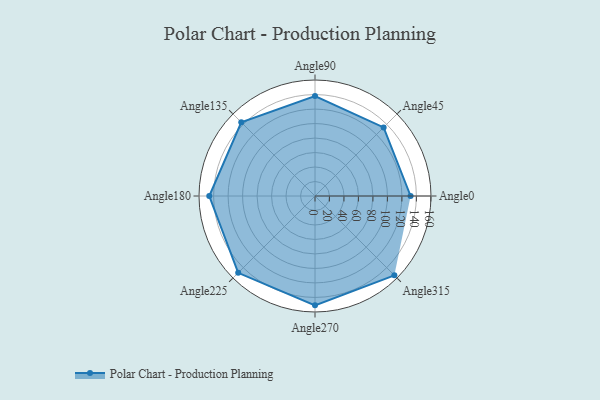
{"axis": {"x": "Angle", "y": "Radius"}, "legend": [""], "data": [{"x": "Angle0", "y": 132.0, "type": ""}, {"x": "Angle45", "y": 134.0, "type": ""}, {"x": "Angle90", "y": 138.0, "type": ""}, {"x": "Angle135", "y": 144.0, "type": ""}, {"x": "Angle180", "y": 146.0, "type": ""}, {"x": "Angle225", "y": 150.0, "type": ""}, {"x": "Angle270", "y": 151.0, "type": ""}, {"x": "Angle315", "y": 155.0, "type": ""}]}